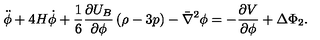
\ddot { \phi } + 4 H \dot { \phi } + \frac { 1 } { 6 } \frac { \partial U _ { B } } { \partial \phi } \left( \rho - 3 p \right) - \bar { \nabla } ^ { 2 } \phi = - \frac { \partial V } { \partial \phi } + \Delta \Phi _ { 2 } .